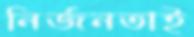
নির্জনতাই